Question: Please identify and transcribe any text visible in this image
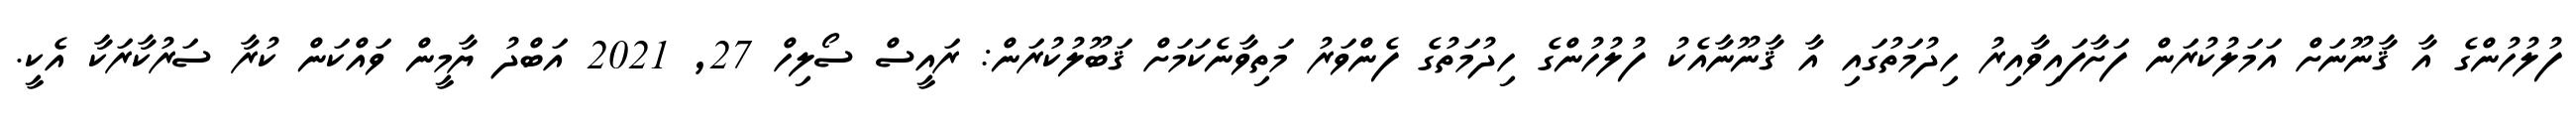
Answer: ފުލުހުންގެ އާ ޤާނޫނަށް އަމަލުކުރަން ފަށާފައިވާއިރު ހިދުމަތުގައި އާ ޤާނޫނާއެކު ފުލުހުންގެ ހިދުމަތުގެ ފެންވަރު މަތިވާނެކަމަށް ޤަބޫލުކުރަން: ރައީސް ސޯލިހް 27, 2021 އަބްދު ޔާމީން ވައްކަން ކުރާ ސަރުކާރަކާ އެކީ.